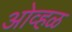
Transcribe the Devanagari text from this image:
ओव्हळ